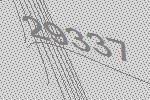
29337